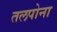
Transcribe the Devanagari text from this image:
तलपोना